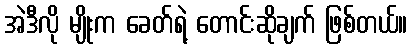
အဲဒီလို မျိုးက ခေတ်ရဲ့ တောင်းဆိုချက် ဖြစ်တယ်။